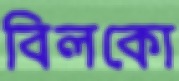
বিলকো